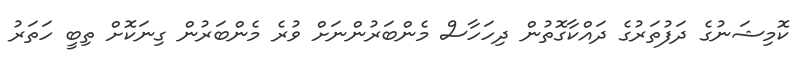
ކޮމިޝަނުގެ ދަފުތަރުގެ ދައްކާގޮތުން ދިހަހާސް މެންބަރުންނަށް ވުރެ މެންބަރުން ގިނަކޮށް ތިބީ ހަތަރު